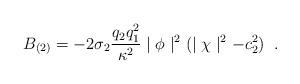
LaTeX: \begin{align*} B_{(2)}=-2\sigma_{2}\frac{q_{2}q_{1}^{2}}{\kappa^{2}} \mid\phi\mid^{2}(\mid\chi\mid^{2}-c_{2}^{2}) \;\; .\end{align*}